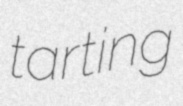
tarting